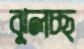
ঝুলচ্ছ